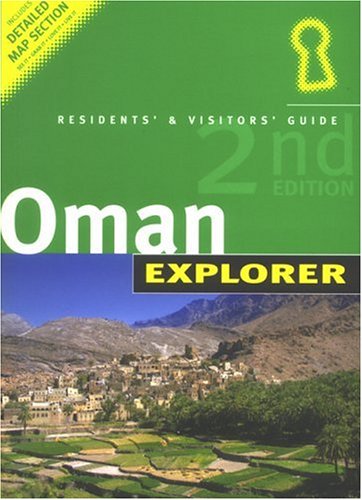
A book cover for Oman Explorer: Residents' & Visitors' Guide (Explorer S.); Alistair Mackenzie; Travel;